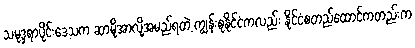
သမုဒ္ဒရာပိုင်းဒေသက ဆာမိုအာလို့အမည်ရတဲ့ ကျွန်းစုနိုင်ငံကလည်း နိုင်ငံစတည်ထောင်ကတည်းက